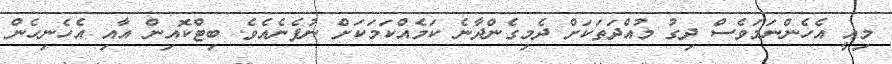
މިއީ އެހެންނަމަވެސް ދިގު މުއްދަތަކަށް ދެމިގެންދާނެ ކަމެއްކަމަކަށް ނުފެނެއެވެ. ބިޓްކޮއިން އާއި އެހެނިހެން